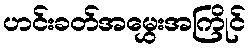
ဟင်းခတ်အမွှေးအကြိုင်